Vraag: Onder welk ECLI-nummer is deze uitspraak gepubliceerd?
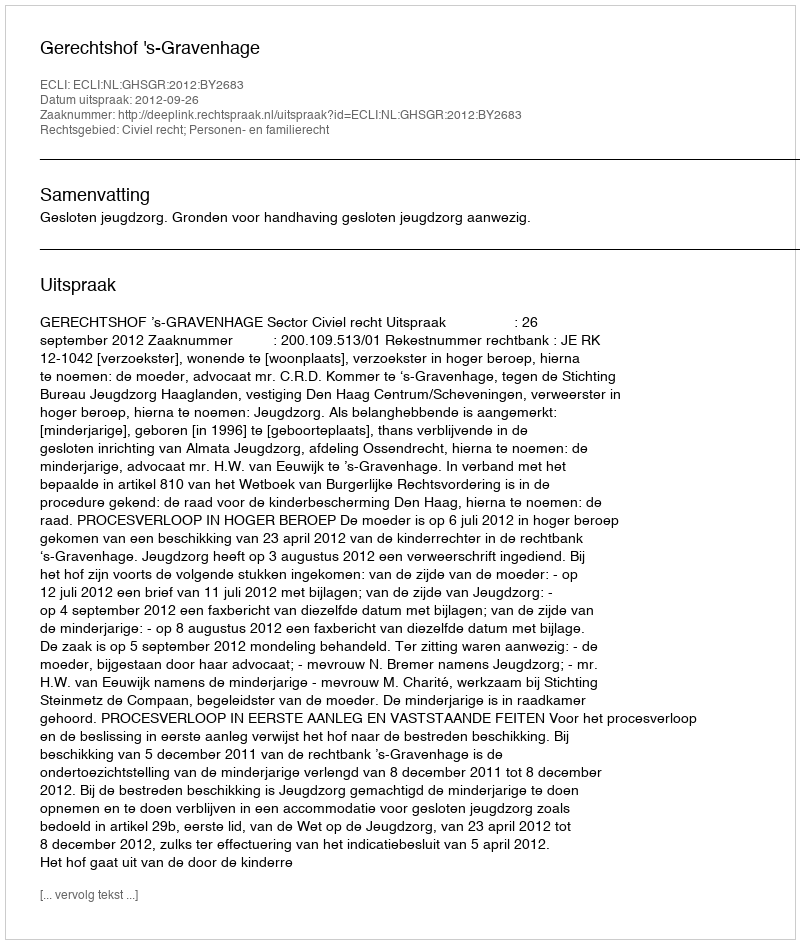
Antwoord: ECLI:NL:GHSGR:2012:BY2683